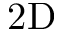
2 \mathrm { D }